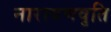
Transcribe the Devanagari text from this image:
नारायणवृति